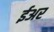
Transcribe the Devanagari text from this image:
ईअर